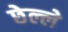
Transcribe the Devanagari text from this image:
छेल्ले